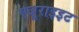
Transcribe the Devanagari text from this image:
एजूराइइट